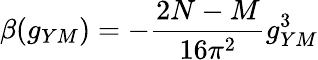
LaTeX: \beta(g_{YM})=-\frac{2N-M}{16\pi^{2}}g_{YM}^{3}